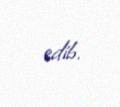
edib.